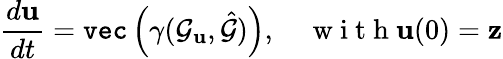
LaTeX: \frac{d\mathbf{u}}{dt}=\texttt{vec}\left(\gamma(\mathcal{G}_{\mathbf{u}},\hat{\mathcal{G}})\right),\quad\mathrm{~w~i~t~h~}\mathbf{u}(0)=\mathbf{z}